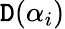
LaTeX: \mathtt{D}(\alpha_{i})